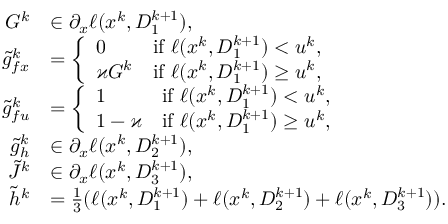
\begin{array} { r l } { G ^ { k } } & { \in \partial _ { x } \ell ( x ^ { k } , D _ { 1 } ^ { k + 1 } ) , } \\ { \tilde { g } _ { f x } ^ { k } } & { = \left\{ \begin{array} { l l } { 0 } & { \mathrm { i f ~ } \ell ( x ^ { k } , D _ { 1 } ^ { k + 1 } ) < u ^ { k } , } \\ { \varkappa G ^ { k } } & { \mathrm { i f ~ } \ell ( x ^ { k } , D _ { 1 } ^ { k + 1 } ) \ge u ^ { k } , } \end{array} \right. } \\ { \tilde { g } _ { f u } ^ { k } } & { = \left\{ \begin{array} { l l } { 1 } & { \mathrm { i f ~ } \ell ( x ^ { k } , D _ { 1 } ^ { k + 1 } ) < u ^ { k } , } \\ { 1 - \varkappa } & { \mathrm { i f ~ } \ell ( x ^ { k } , D _ { 1 } ^ { k + 1 } ) \ge u ^ { k } , } \end{array} \right. } \\ { \tilde { g } _ { h } ^ { k } } & { \in \partial _ { x } \ell ( x ^ { k } , D _ { 2 } ^ { k + 1 } ) , } \\ { \tilde { J } ^ { k } } & { \in \partial _ { x } \ell ( x ^ { k } , D _ { 3 } ^ { k + 1 } ) , } \\ { \tilde { h } ^ { k } } & { = \frac { 1 } { 3 } ( \ell ( x ^ { k } , D _ { 1 } ^ { k + 1 } ) + \ell ( x ^ { k } , D _ { 2 } ^ { k + 1 } ) + \ell ( x ^ { k } , D _ { 3 } ^ { k + 1 } ) ) . } \end{array}